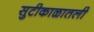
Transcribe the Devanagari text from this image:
सुटीकाळातली